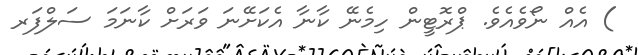
) އެއް ނޯވެއެވެ. ޕްރޮޓީން ހިމެނޭ ކާނާ އެކަށޭނަ ވަރަށް ކާނަމަ ސަލްފަރ